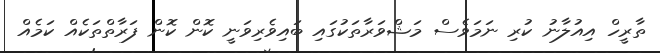
ތާރީހް އިއުލާނު ކުރި ނަމަވެސް މަޝްވަރާތަކުގައި ބައިވެރިވަނީ ކޮން ކޮން ފަރާތްތަކެއް ކަމެއް